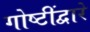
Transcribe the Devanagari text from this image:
गोष्टींद्वारे